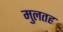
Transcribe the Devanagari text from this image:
मुलतह